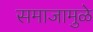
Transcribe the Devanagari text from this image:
समाजामुळे